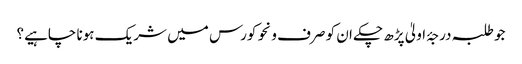
جو طلبہ درجۂ اولیٰ پڑھ چکے ان کو صرف ونحو کورس میں شریک ہونا چاہیے؟